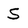
Character: S